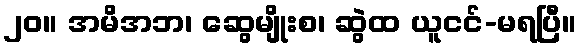
၂၀။ အမိအဘ၊ ဆွေမျိုးစ၊ ဆွဲထ ယူငင်-မရပြီ။